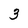
Character: 3